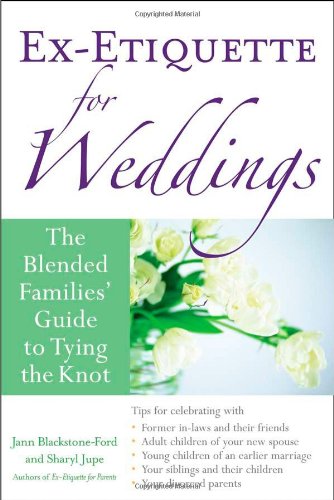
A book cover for Ex-Etiquette for Weddings: The Blended Families' Guide to Tying the Knot; Jann Blackstone-Ford; Crafts, Hobbies & Home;